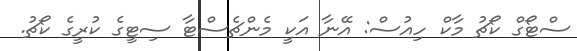
ސްޓޯގް ކޯޗު މާކް ހިއުސް: އޭނާ އަކީ މެންޗެސްޓާ ސިޓީގެ ކުރީގެ ކޯޗު.